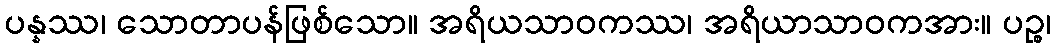
ပန္နဿ၊ သောတာပန်ဖြစ်သော။ အရိယသာဝကဿ၊ အရိယာသာဝကအား။ ပဉ္စ၊